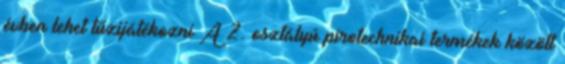
évben lehet tűzijátékozni A 2. osztályú pirotechnikai termékek között